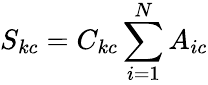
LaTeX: S_{kc}=C_{kc}\sum_{i=1}^{N}A_{ic}